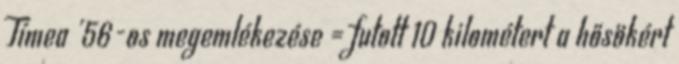
Tímea '56-os megemlékezése = futott 10 kilométert a hősökért